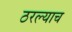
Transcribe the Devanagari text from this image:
ठरल्याच